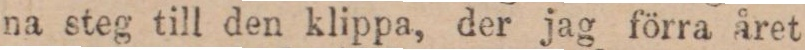
na steg till den klippa, der jag förra året